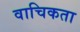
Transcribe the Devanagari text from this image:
वाचिकता